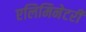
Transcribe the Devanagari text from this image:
एलिमिनेटरी